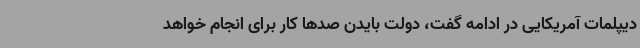
دیپلمات آمریکایی در ادامه گفت، دولت بایدن صدها کار برای انجام خواهد